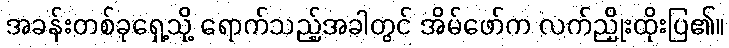
အခန်းတစ်ခုရှေ့သို့ ရောက်သည့်အခါတွင် အိမ်ဖော်က လက်ညှိုးထိုးပြ၏။